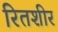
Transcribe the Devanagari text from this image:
रितशीर